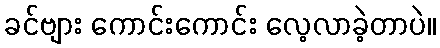
ခင်ဗျား ကောင်းကောင်း လေ့လာခဲ့တာပဲ။